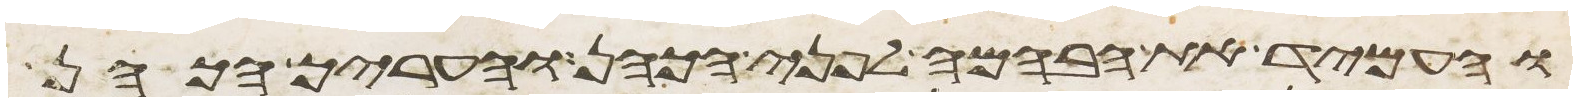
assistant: והעמיד את הבהמה לפני הכהן והעריך הכהן